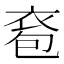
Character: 𧙌